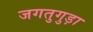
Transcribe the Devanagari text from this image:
जगतुगुड़ा